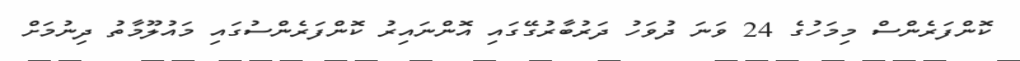
ކޮންފަރެންސް މިމަހުގެ 24 ވަނަ ދުވަހު ދަރުބާރުގޭގައި އޮންނައިރު ކޮންފަރެންސުގައި މައުލޫމާތު ދިނުމަށް